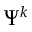
\Psi ^ { k }